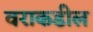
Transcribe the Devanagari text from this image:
वराकडील